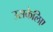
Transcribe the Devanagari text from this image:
उसकेलिए